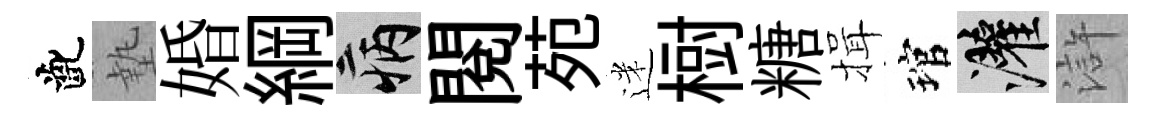
齔墊婚綱病閲苑迷𣗳糖揖琯灌滸